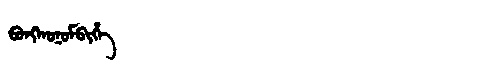
Manchu: ᠪᠣᠩᡴᠣᠨᠣᠮᠪᡳᡥᡝ
Romanization: BONGKONOMBIHE